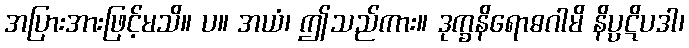
အပြားအားဖြင့်မသိ။ ပ။ အယံ၊ ဤသည်ကား။ ဒုက္ခနိရောဓဂါမိ နိပ္ပဋိပဒါ၊